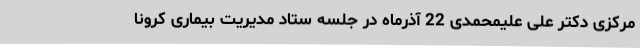
مرکزی دکتر علی علیمحمدی 22 آذرماه در جلسه ستاد مدیریت بیماری کرونا